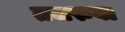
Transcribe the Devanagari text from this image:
तजरुबा